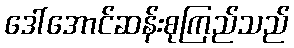
ဒေါ်အောင်ဆန်းစုကြည်သည်